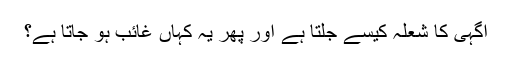
آگہی کا شعلہ کیسے جلتا ہے اور پھر یہ کہاں غائب ہو جاتا ہے؟